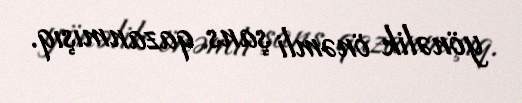
yönəlik önəmli şans qazanmışıq.